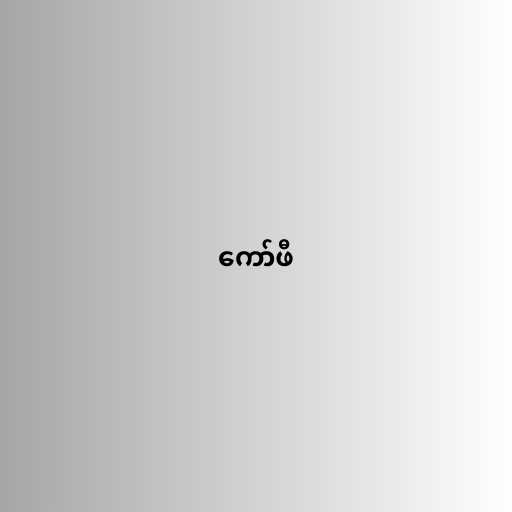
ကော်ဖီ